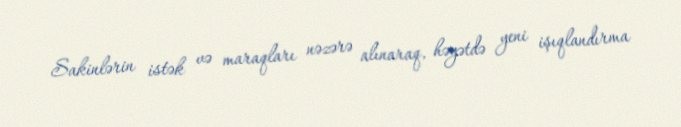
Sakinlərin istək və maraqları nəzərə alınaraq, həyətdə yeni işıqlandırma